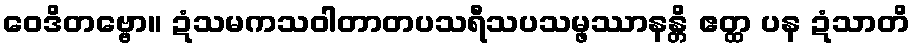
ဝေဒိတဗ္ဗော။ ဍံသမကသဝါတာတပသရီသပသမ္ဖဿာနန္တိ ဧတ္ထ ပန ဍံသာတိ